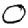
Digit: 0